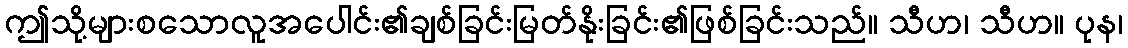
ဤသို့များစသောလူအပေါင်း၏ချစ်ခြင်းမြတ်နိုးခြင်း၏ဖြစ်ခြင်းသည်။ သီဟ၊ သီဟ။ ပုန၊